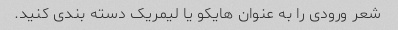
شعر ورودی را به عنوان هایکو یا لیمریک دسته بندی کنید.